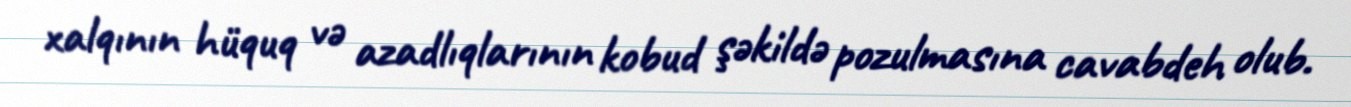
xalqının hüquq və azadlıqlarının kobud şəkildə pozulmasına cavabdeh olub.